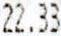
22.33